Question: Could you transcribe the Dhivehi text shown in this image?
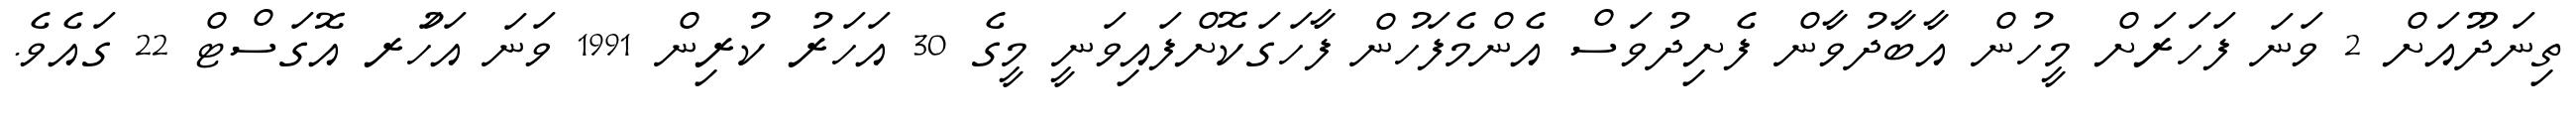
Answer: ތިނަދޫއަށް 2 ވަނަ ފަހަރަށް މީހުން އާބާދުވާން ފެށިދުވަސް އެންމެފަހުން ފާހަގަކޮށްފައިވަނީ މީގެ 30 އަހަރު ކުރިން 1991 ވަނަ އަހަުރ އޮގަސްޓް 22 ގައެވެ.